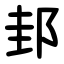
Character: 邽